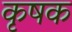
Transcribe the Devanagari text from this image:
कृषक